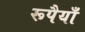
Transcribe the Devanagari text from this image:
रूपैयाँ